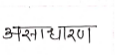
मजकूर: असाधारण